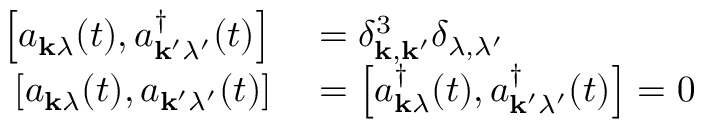
\begin{array} { r l } { \left[ a _ { \mathbf { k } \lambda } ( t ) , a _ { \mathbf { k } ^ { \prime } \lambda ^ { \prime } } ^ { \dagger } ( t ) \right] } & { { } = \delta _ { \mathbf { k } , \mathbf { k } ^ { \prime } } ^ { 3 } \delta _ { \lambda , \lambda ^ { \prime } } } \\ { \left[ a _ { \mathbf { k } \lambda } ( t ) , a _ { \mathbf { k } ^ { \prime } \lambda ^ { \prime } } ( t ) \right] } & { { } = \left[ a _ { \mathbf { k } \lambda } ^ { \dagger } ( t ) , a _ { \mathbf { k } ^ { \prime } \lambda ^ { \prime } } ^ { \dagger } ( t ) \right] = 0 } \end{array}